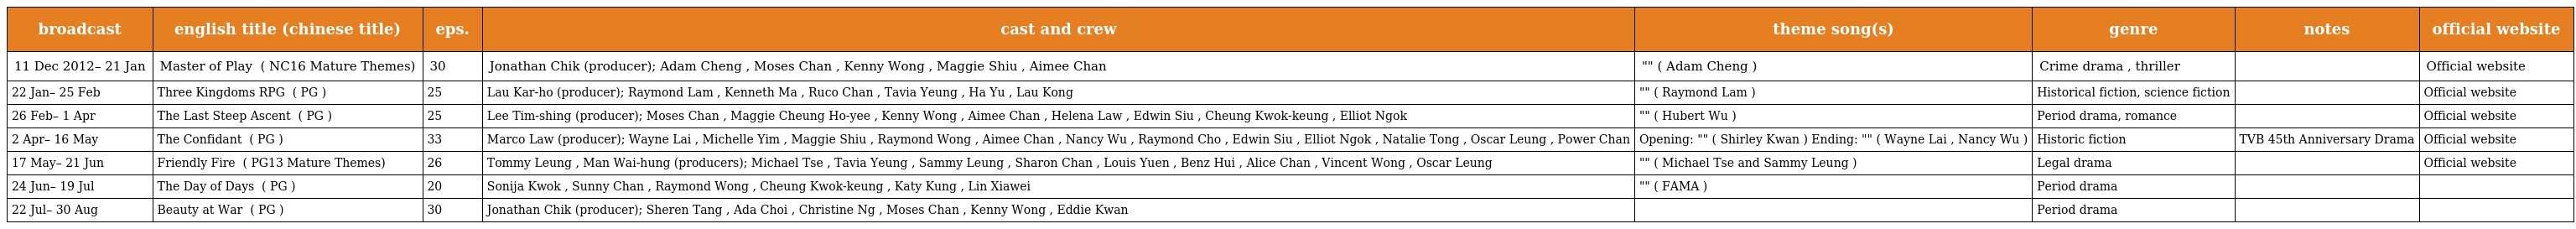
| broadcast | english title (chinese title) | eps. | cast and crew | theme song(s) | genre | notes | official website |
 | --- | --- | --- | --- | --- | --- | --- | --- |
 | 11 Dec 2012– 21 Jan | Master of Play 心戰 ( NC16 Mature Themes) | 30 | Jonathan Chik (producer); Adam Cheng , Moses Chan , Kenny Wong , Maggie Shiu , Aimee Chan | "界限" ( Adam Cheng ) | Crime drama , thriller |  | Official website |
 | 22 Jan– 25 Feb | Three Kingdoms RPG 回到三國 ( PG ) | 25 | Lau Kar-ho (producer); Raymond Lam , Kenneth Ma , Ruco Chan , Tavia Yeung , Ha Yu , Lau Kong | "等你回來" ( Raymond Lam ) | Historical fiction, science fiction |  | Official website |
 | 26 Feb– 1 Apr | The Last Steep Ascent 天梯 ( PG ) | 25 | Lee Tim-shing (producer); Moses Chan , Maggie Cheung Ho-yee , Kenny Wong , Aimee Chan , Helena Law , Edwin Siu , Cheung Kwok-keung , Elliot Ngok | "一生一心" ( Hubert Wu ) | Period drama, romance |  | Official website |
 | 2 Apr– 16 May | The Confidant 大太監 ( PG ) | 33 | Marco Law (producer); Wayne Lai , Michelle Yim , Maggie Shiu , Raymond Wong , Aimee Chan , Nancy Wu , Raymond Cho , Edwin Siu , Elliot Ngok , Natalie Tong , Oscar Leung , Power Chan | Opening: "相濡以沫" ( Shirley Kwan ) Ending: "日月" ( Wayne Lai , Nancy Wu ) | Historic fiction | TVB 45th Anniversary Drama | Official website |
 | 17 May– 21 Jun | Friendly Fire 法網狙擊 ( PG13 Mature Themes) | 26 | Tommy Leung , Man Wai-hung (producers); Michael Tse , Tavia Yeung , Sammy Leung , Sharon Chan , Louis Yuen , Benz Hui , Alice Chan , Vincent Wong , Oscar Leung | "疑幻人生" ( Michael Tse and Sammy Leung ) | Legal drama |  | Official website |
 | 24 Jun– 19 Jul | The Day of Days 初五啟市錄 ( PG ) | 20 | Sonija Kwok , Sunny Chan , Raymond Wong , Cheung Kwok-keung , Katy Kung , Lin Xiawei | "揮春啟示錄" ( FAMA ) | Period drama |  |  |
 | 22 Jul– 30 Aug | Beauty at War 金枝慾孽（貳） ( PG ) | 30 | Jonathan Chik (producer); Sheren Tang , Ada Choi , Christine Ng , Moses Chan , Kenny Wong , Eddie Kwan |  | Period drama |  |  |